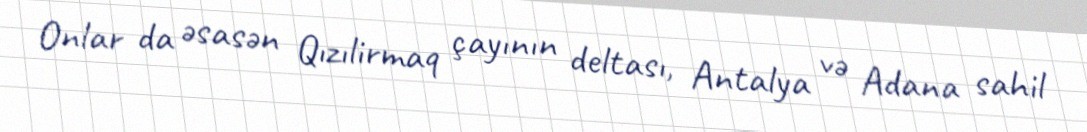
Onlar da əsasən Qızılirmaq çayının deltası, Antalya və Adana sahil